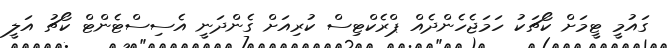
ގައުމީ ޓީމަށް ކޯޗަކު ހަމަޖެހެންދެއް ޕްރެކްޓިސް ކުރިއަށް ގެންދަނީ އެސިސްޓެންޓް ކޯޗު އަލީ